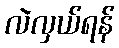
လဲလှယ်ရန်